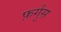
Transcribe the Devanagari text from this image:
फ़र्गुस